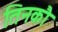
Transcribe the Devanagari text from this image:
तिनकौ